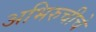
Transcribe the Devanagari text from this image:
अभिरुचीचे